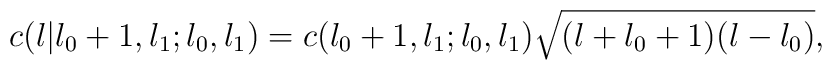
c(l|l_{0}+1,l_{1};l_{0},l_{1}) = c(l_{0}+1,l_{1};l_{0},l_{1})\sqrt{(l+l_{0}+1)(l-l_{0})},